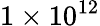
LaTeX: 1\times 10^{12}